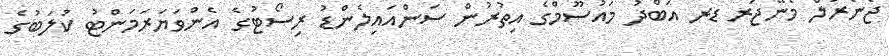
ޖެނެރަލް މެނޭޖަރ ޑރ އަބްދު މައުސޫމްގެ އިތުރުން ސަންއައިލެންޑު ރިސޯޓުގެ އެންވަޔަރަމަންޓު ކުލަބުގެ